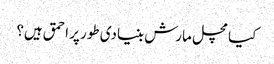
کیا مچل مارش بنیادی طور پر احمق ہیں؟